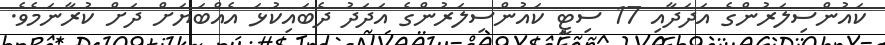
ކައުންސިލަރުންގެ އަދަދާއި 17 ސިޓީ ކައުންސިލަރުންގެ އަދަދު ދެބައިކުޅަ އެއްބަޔަށް ދަށް ކުރާނަމެވެ.